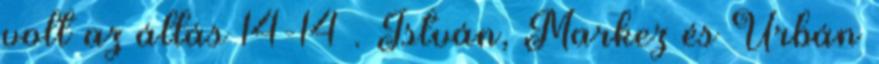
volt az állás 14-14 . István, Markez és Urbán